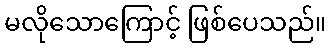
မလိုသောကြောင့် ဖြစ်ပေသည်။